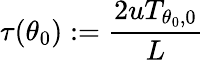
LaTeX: \tau(\theta_{0}):=\frac{2uT_{\theta_{0},0}}{L}